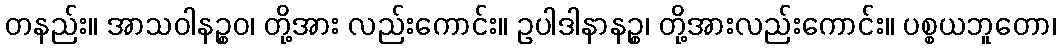
တနည်း။ အာသဝါနဉ္စဝ၊ တို့အား လည်းကောင်း။ ဥပါဒါနာနဉ္စ၊ တို့အားလည်းကောင်း။ ပစ္စယဘူတော၊